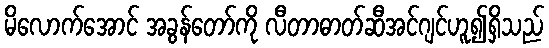
မိလောက်အောင် အခွန်တော်ကို လီတာဓာတ်ဆီအင်ဂျင်ဟူ၍ရှိသည်